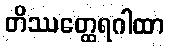
တိဿတ္ထေရဂါထာ